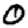
Digit: 0